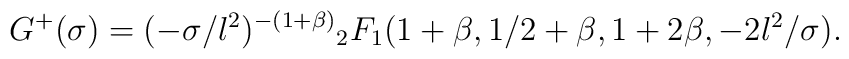
G^+(\sigma)= (-\sigma/l^2)^{-(1+\beta)} {}_2 F_1(1+\beta,1/2+\beta,1+2\beta, -2l^2/\sigma).